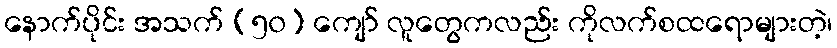
နောက်ပိုင်း အသက် (၅၀) ကျော် လူတွေကလည်း ကိုလက်စထရောများတဲ့၊